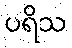
ပရိသ